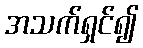
အသက်ရှင်၍